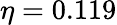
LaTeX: \eta=0.119